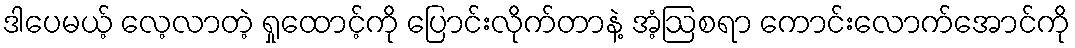
ဒါပေမယ့် လေ့လာတဲ့ ရှုထောင့်ကို ပြောင်းလိုက်တာနဲ့ အံ့ဩစရာ ကောင်းလောက်အောင်ကို